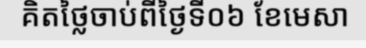
គិតថ្លៃចាប់ពីថ្ងៃទី០៦ ខែមេសា